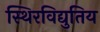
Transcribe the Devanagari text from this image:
स्थिरविद्युतिय